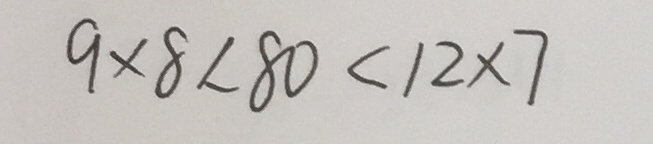
9 \times 8 < 8 0 < 1 2 \times 7